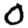
Digit: 0